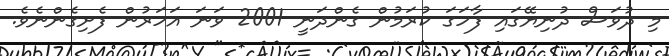
މި ދުވަސް ދުނިޔޭގައި ފާހަގަ ކުރަމުން ގެންދަނީ 2001 ވަނަ އަހަރުން ފެށިގެންނެވެ.